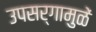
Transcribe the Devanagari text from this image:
उपसर्गामुळें